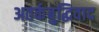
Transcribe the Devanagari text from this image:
अतर्कबुद्धिवाद